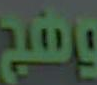
وهج